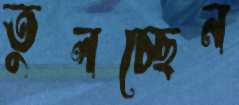
তুলচ্ছেন